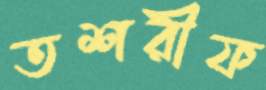
তশরীফ